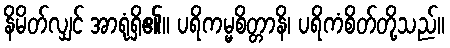
နိမိတ်လျှင် အာရုံရှိ၏။ ပရိကမ္မစိတ္တာနိ၊ ပရိကံစိတ်တို့သည်။